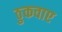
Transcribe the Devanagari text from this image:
ठुकवाए